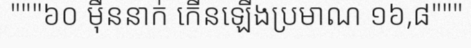
"""៦០ ម៉ឺននាក់ កើនឡើងប្រមាណ ១៦,៨"""